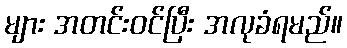
များ အတင်းဝင်ပြီး အလုခံရမည်။